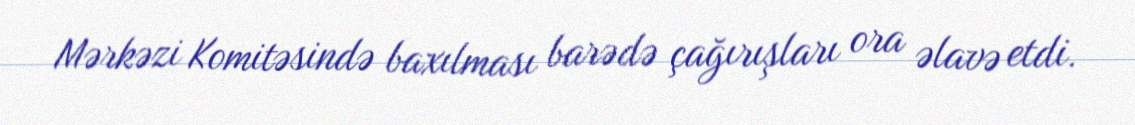
Mərkəzi Komitəsində baxılması barədə çağırışları ora əlavə etdi.